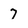
Character: 7